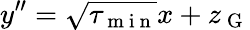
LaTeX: y^{\prime\prime}=\sqrt{\tau_{\mathrm{~m~i~n~}}}x+z_{\mathrm{~G~}}